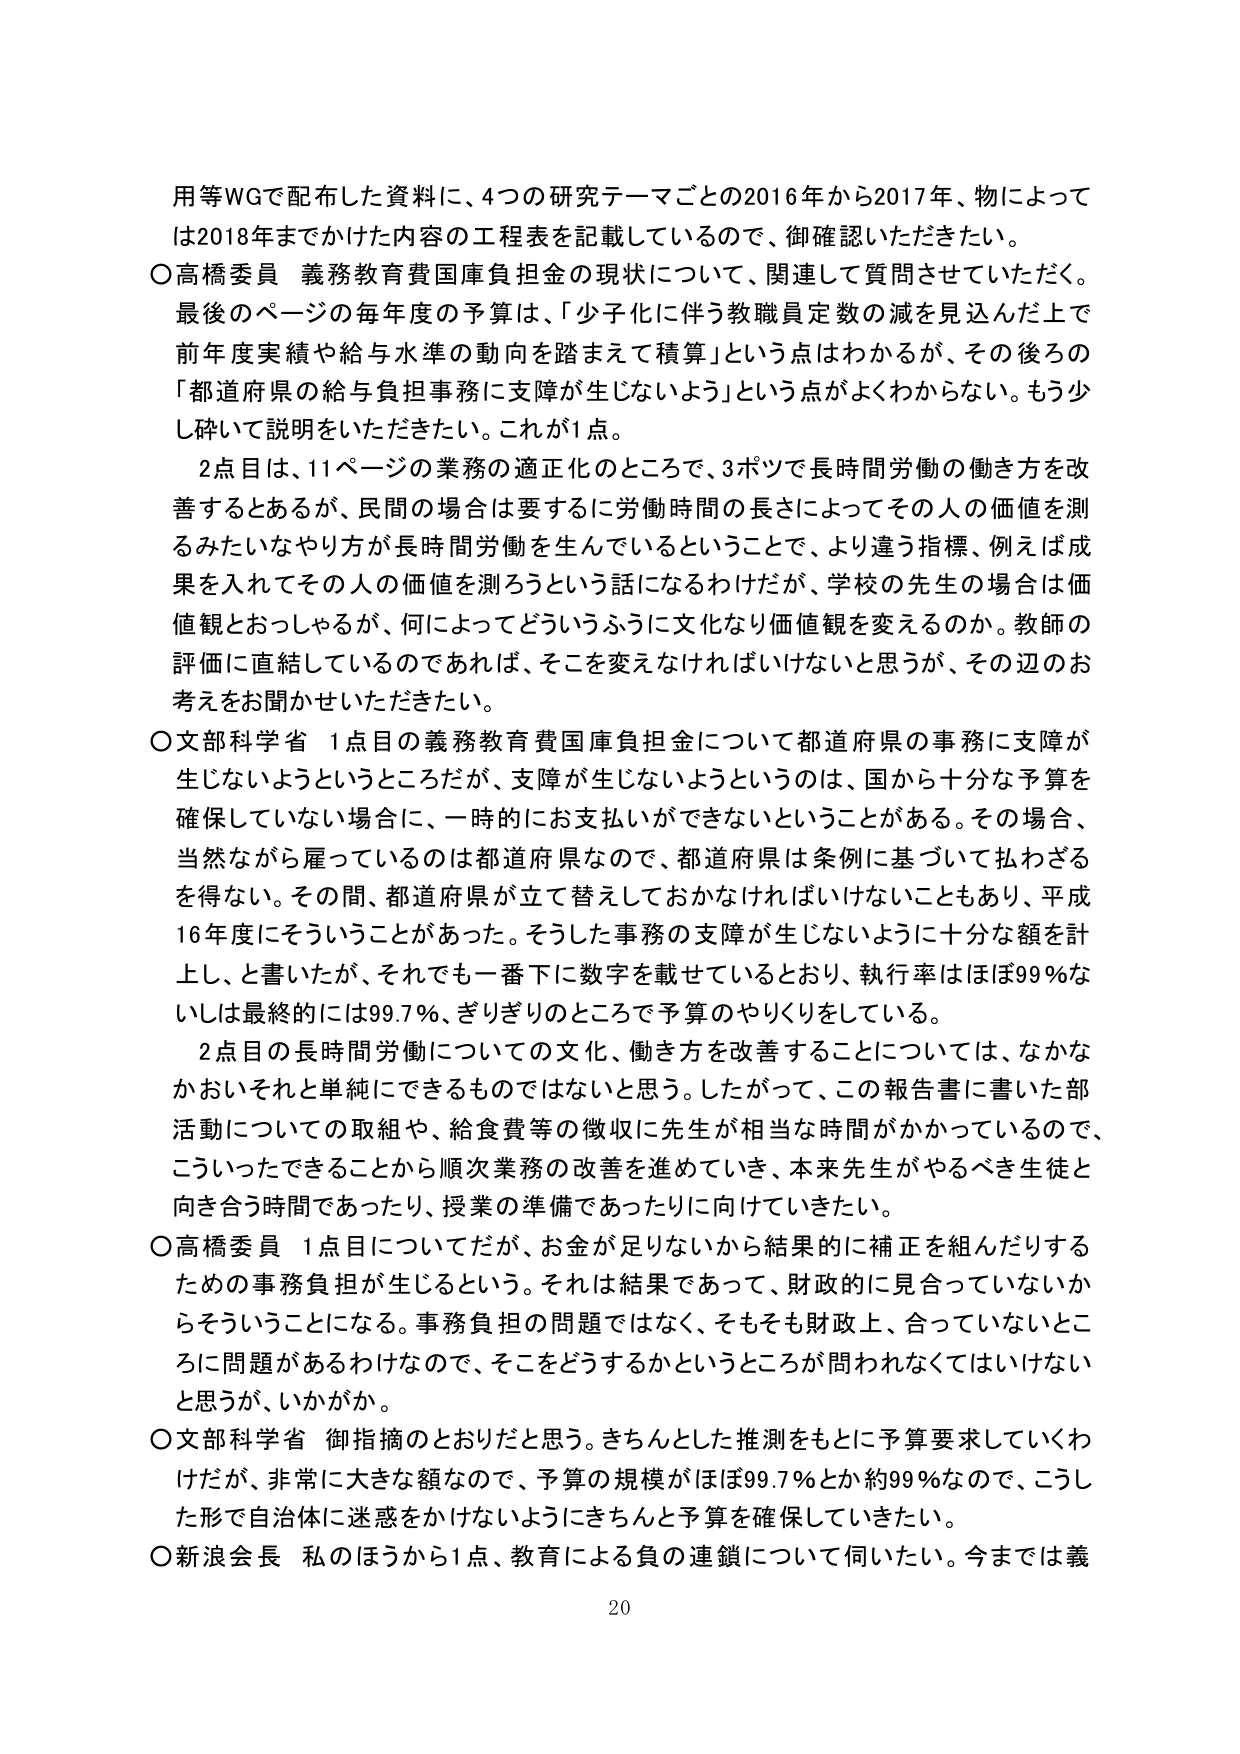
用等WGで配布した資料に、4つの研究テーマごとの2016年から2017年、物によっては2018年までかけた内容の工程表を記載しているので、御確認いただきたい。

○高橋委員 義務教育費国庫負担金の現状について、関連して質問させていただく。最後のページの毎年度の予算は、「少子化に伴う教職員定数の減を見込んだ上で前年度実績や給与水準の動向を踏まえて積算」という点はわかるが、その後ろの「都道府県の給与負担事務に支障が生じないよう」という点がよくわからない。もう少し砕いて説明をいただきたい。これが1点。

　2点目は、11ページの業務の適正化のところで、3ポツで長時間労働の働き方を改善するとあるが、民間の場合は要するに労働時間の長さによってその人の価値を測るみたいなやり方が長時間労働を生んでいるということで、より違う指標、例えば成果を入れてその人の価値を測ろうという話になるわけだが、学校の先生の場合は価値観とおっしゃるが、何によってどういうふうに文化なり価値観を変えるのか。教師の評価に直結しているのであれば、そこを変えなければいけないと思うが、その辺のお考えをお聞かせいただきたい。

○文部科学省 1点目の義務教育費国庫負担金について都道府県の事務に支障が生じないようというところだが、支障が生じないようというのは、国から十分な予算を確保していない場合に、一時的にお支払いができないということがある。その場合、当然ながら雇っているのは都道府県なので、都道府県は条例に基づいて払わざるを得ない。その間、都道府県が立て替えしておかなければならないこともあり、平成16年度にそういうことがあった。そうした事務の支障が生じないよう十分な額を計上し、と書いたが、それでも一番下に数字を載せているとおり、執行率はほぼ99％ないしは最終的には99.7％、ぎりぎりのところで予算のやりくりをしている。

　2点目の長時間労働についての文化、働き方を改善することについては、なかなかおいそれと単純にできるものではないと思う。したがって、この報告書に書いた部活動についての取組や、給食費等の徴収に先生が相当な時間がかかっているので、こういったできることから順次業務の改善を進めていき、本来先生がやるべき生徒と向き合う時間であったり、授業の準備であったりに向けていきたい。

○高橋委員 1点目についてだが、お金が足りないから結果的に補正を組んだりするための事務負担が生じるという。それは結果であって、財政的に見合っていないからそういうことになる。事務負担の問題ではなく、そもそも財政上、合っていないところに問題があるわけなので、そこをどうするかというところが問われなくてはいけないと思うが、いかがか。

○文部科学省 御指摘のとおりだと思う。きちんとした推測をもとに予算要求していくわけだが、非常に大きな額なので、予算の規模がほぼ99.7％とか約99％なので、こうした形で自治体に迷惑をかけないようにきちんと予算を確保していきたい。

○新浪会長 私のほうから1点、教育による負の連鎖について伺いたい。今までは義

20